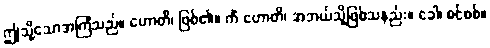
ဤသို့သောအကြံသည်။ ဟောတိ၊ ဖြစ်၏။ ကိံ ဟောတိ၊ အဘယ်သို့ဖြစ်သနည်း။ ခေါ၊ စင်စစ်။